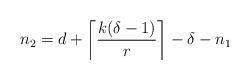
LaTeX: \begin{align*} n_2= d +\left\lceil\frac{k(\delta-1)}{r}\right\rceil-\delta-n_1\end{align*}